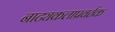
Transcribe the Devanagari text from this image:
नाट्यकलाप्रवर्तक